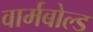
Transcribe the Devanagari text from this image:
वार्मबोल्ड